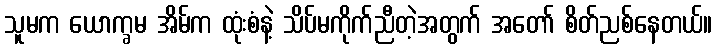
သူမက ယောက္ခမ အိမ်က ထုံးစံနဲ့ သိပ်မကိုက်ညီတဲ့အတွက် အတော် စိတ်ညစ်နေတယ်။